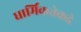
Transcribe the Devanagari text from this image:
धार्मिकतेकडे